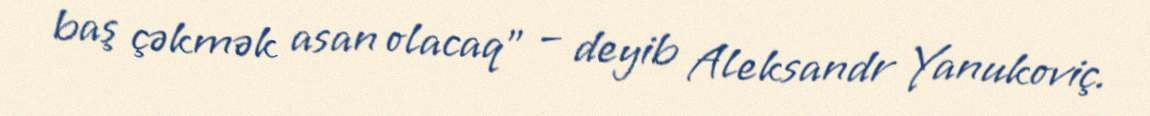
baş çəkmək asan olacaq” – deyib Aleksandr Yanukoviç.